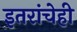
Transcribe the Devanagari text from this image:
इतरांचेही